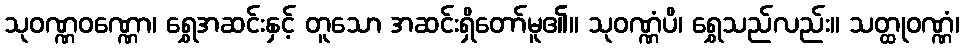
သုဝဏ္ဏဝဏ္ဏော၊ ရွှေအဆင်းနှင့် တူသော အဆင်းရှိတော်မူ၏။ သုဝဏ္ဏံပိ၊ ရွှေသည်လည်း။ သတ္ထုဝဏ္ဏံ၊